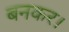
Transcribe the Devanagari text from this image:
बनकर।